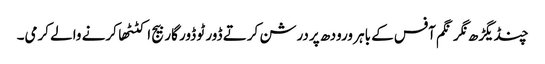
چنڈیگڑھ نگر نگم آفس کے باہر ورودھ پردرشن کرتے ڈور ٹو ڈور گاربیج اکٹٹھا کرنے والے کرمی۔